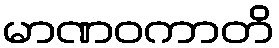
မာဏဝကာတိ